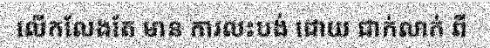
លើកលែងតែ មាន ការលះបង់ ដោយ ជាក់លាក់ ពី